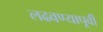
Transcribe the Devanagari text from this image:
लढवण्यापूर्वी